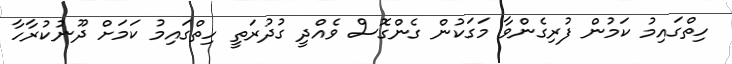
ހިތްގައިމު ކަމުން ފުރިގެންވާ މަގަކުން ގެންގޮސް ވެއްދީ ގުދުރަތީ ހިތްގައިމު ކަމަށް ދޫނުކުރާހާ